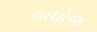
બધોજ